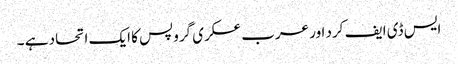
ایس ڈی ایف کرد اور عرب عسکری گروپس کا ایک اتحاد ہے ۔